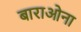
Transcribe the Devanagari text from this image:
बाराओना